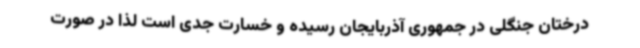
درختان جنگلی در جمهوری آذربایجان رسیده و خسارت جدی است لذا در صورت